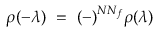
\rho ( - \lambda ) ~ = ~ ( - ) ^ { N N _ { f } } \rho ( \lambda )